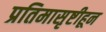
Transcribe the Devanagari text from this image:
प्रतिमासृष्टीहून